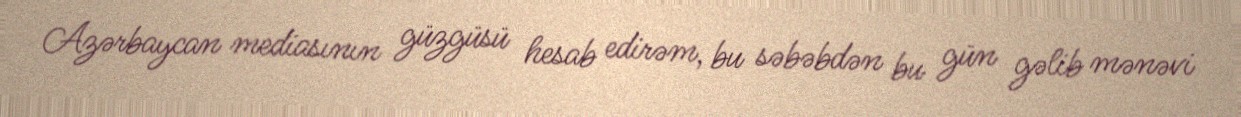
Azərbaycan mediasının güzgüsü hesab edirəm, bu səbəbdən bu gün gəlib mənəvi